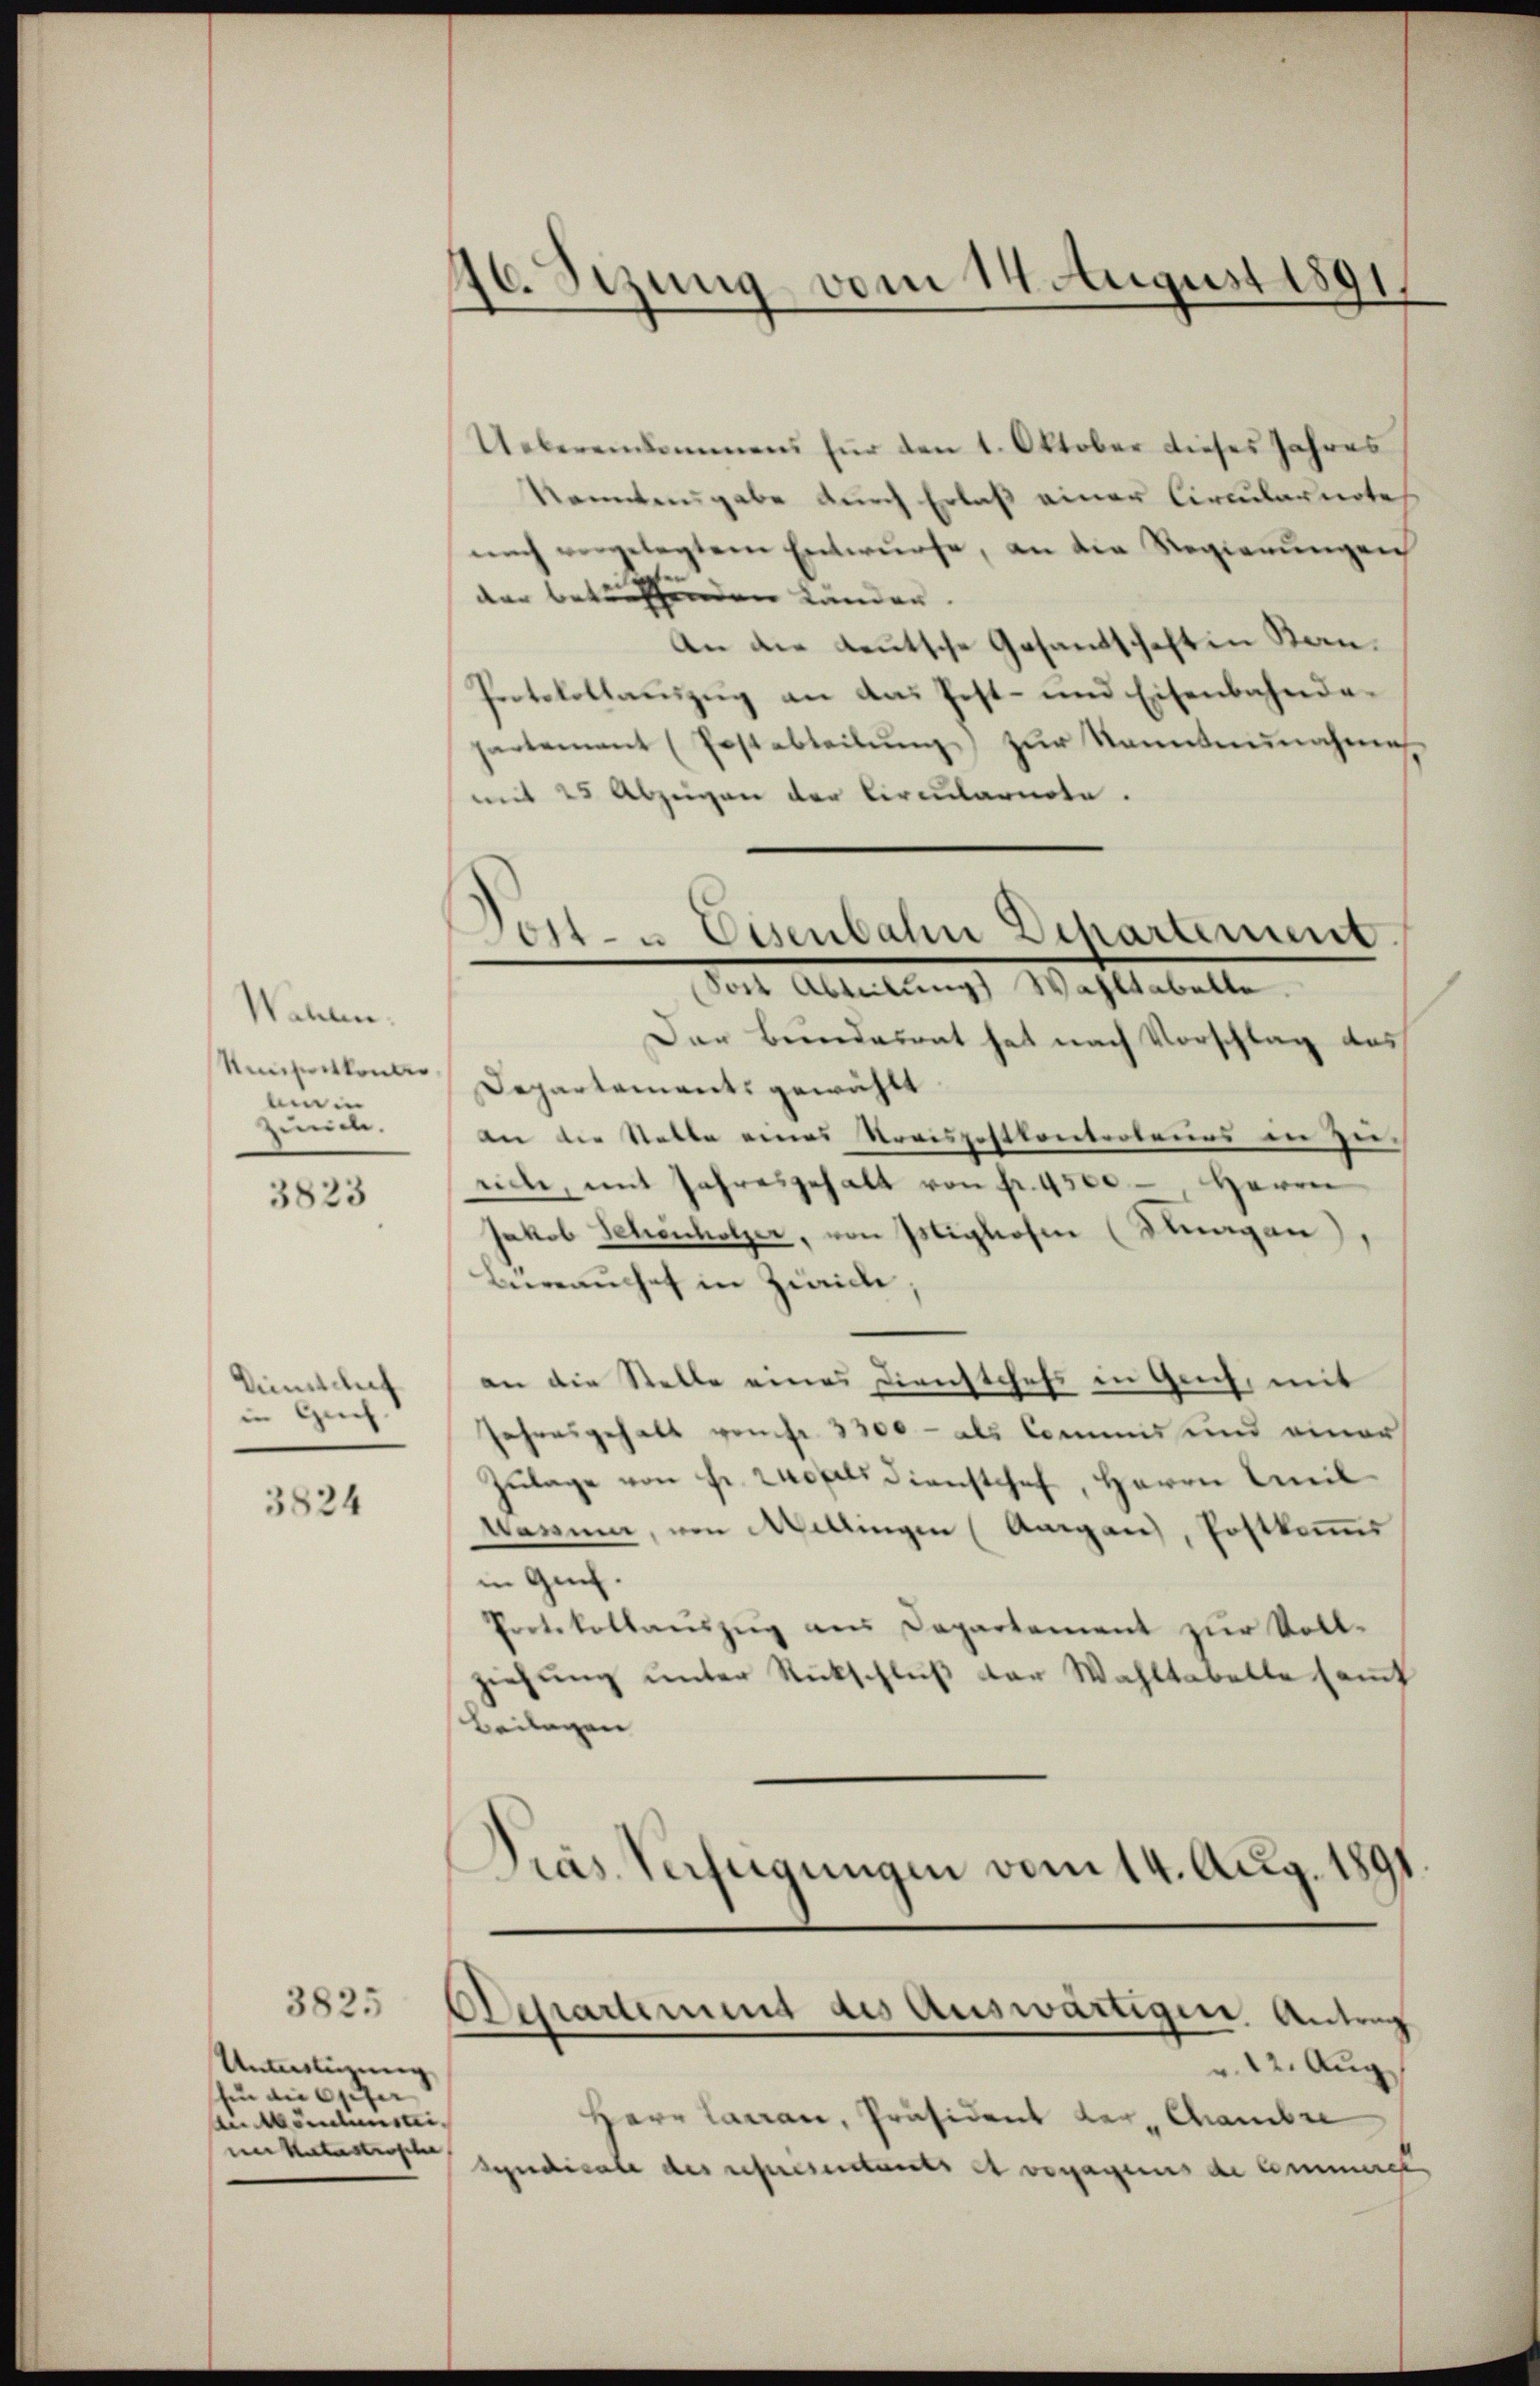
Wahlen.
Kompeitkontes
Ain
zurich.

3823

Einschaf
in Gech.

3824

3825
Unteiligung
hin an Oster
An Mendensei
ner Katastrische

40. Sezung vom 14. August 1891.

Uebereikommens für den 1. Oktober dieses Jahres
konntengabe durch Erlaß einer Circularirtes
nach vorgelegtem Entwurfe, an die Regierungen
der betreffenden Länden.
An die Leutsche Gesandschaft in Stan¬
Protokollauszug an das Post- und Eisenbahndapartement (Postabteilŭng zŭr Namntnŭnahmen
mit 25 Abzügen der Circularnote.

Jost - Eisenbahn Departement
Soit Abteilung Wahltabelle.

Der Bundesrat hat nach Vorschlag das
Departements gewählt
an die Statte eines Kreispostkontroleurs in Zu-
rice, mit Jahresgehalt von fr. 4500 - Herrn
Jakob Schenholzer, von Miglosen (Stragen),
Bürauches in Zwicke,
an die Stelle eines Dienstchefs in Gech, mit
Jahresgehalt von fr. 3300 - als Commis und einer
Zŭlage von Fr. 240 als dienstchef, Herrn Anil¬
Warum, von Mellingen (Aargau, Postkommis
in Guch.
Protokollaŭszŭg ans Departement zŭr Voll-
iehung unter Rückschluß der Wahltabelle samt
Beilagen
Pras Verfügungen vom 14. Aug. 189
Achartement des Auswärtigen Antrag
 12. Aug
Herr Lanan, Präsident der Chambre
Syndicale des representants et veragens de Commerck